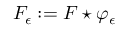
F _ { \epsilon } : = F \star \varphi _ { \epsilon }